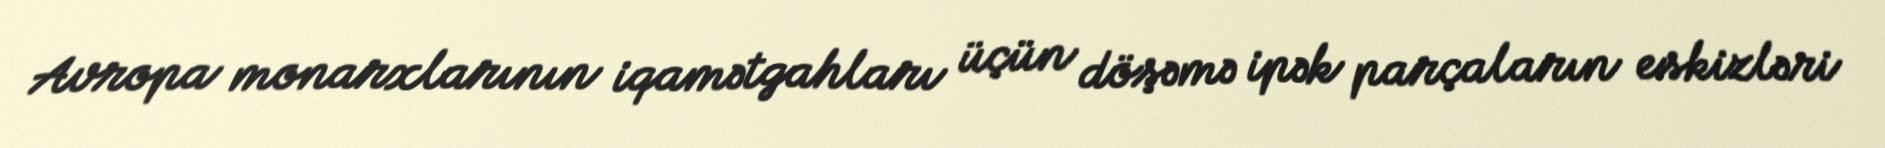
Avropa monarxlarının iqamətgahları üçün döşəmə ipək parçaların eskizləri